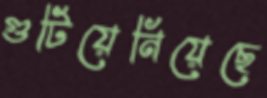
গুটিয়েনিয়েছে